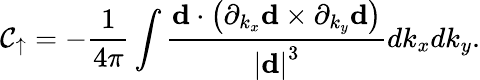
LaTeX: \mathcal{C}_{\uparrow}=-\frac{{1}}{{4\pi}}\int\frac{{\mathbf{{d}}\cdot\left(\partial_{k_{x}}\mathbf{{d}}\times\partial_{k_{y}}\mathbf{{d}}\right)}}{{\left\vert\mathbf{{d}}\right\vert^{3}}}dk_{x}dk_{y}.